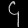
Digit: ၄